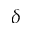
\delta